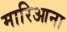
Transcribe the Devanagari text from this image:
मारिआना